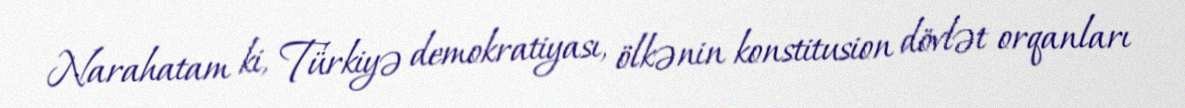
Narahatam ki, Türkiyə demokratiyası, ölkənin konstitusion dövlət orqanları